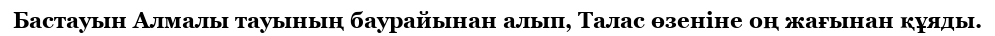
Бастауын Алмалы тауының баурайынан алып, Талас өзеніне оң жағынан құяды.